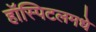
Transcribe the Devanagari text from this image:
हॉस्पिटलमधे